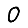
Digit: 0